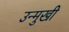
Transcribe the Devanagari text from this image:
उन्‍मुखी